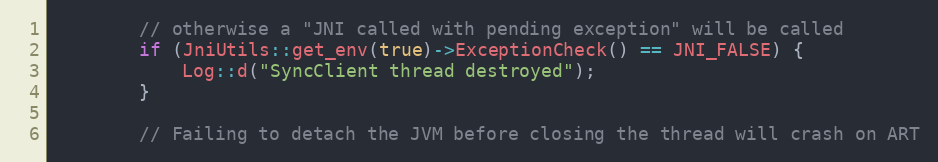
Language: C++
        // otherwise a "JNI called with pending exception" will be called
        if (JniUtils::get_env(true)->ExceptionCheck() == JNI_FALSE) {
            Log::d("SyncClient thread destroyed");
        }

        // Failing to detach the JVM before closing the thread will crash on ART